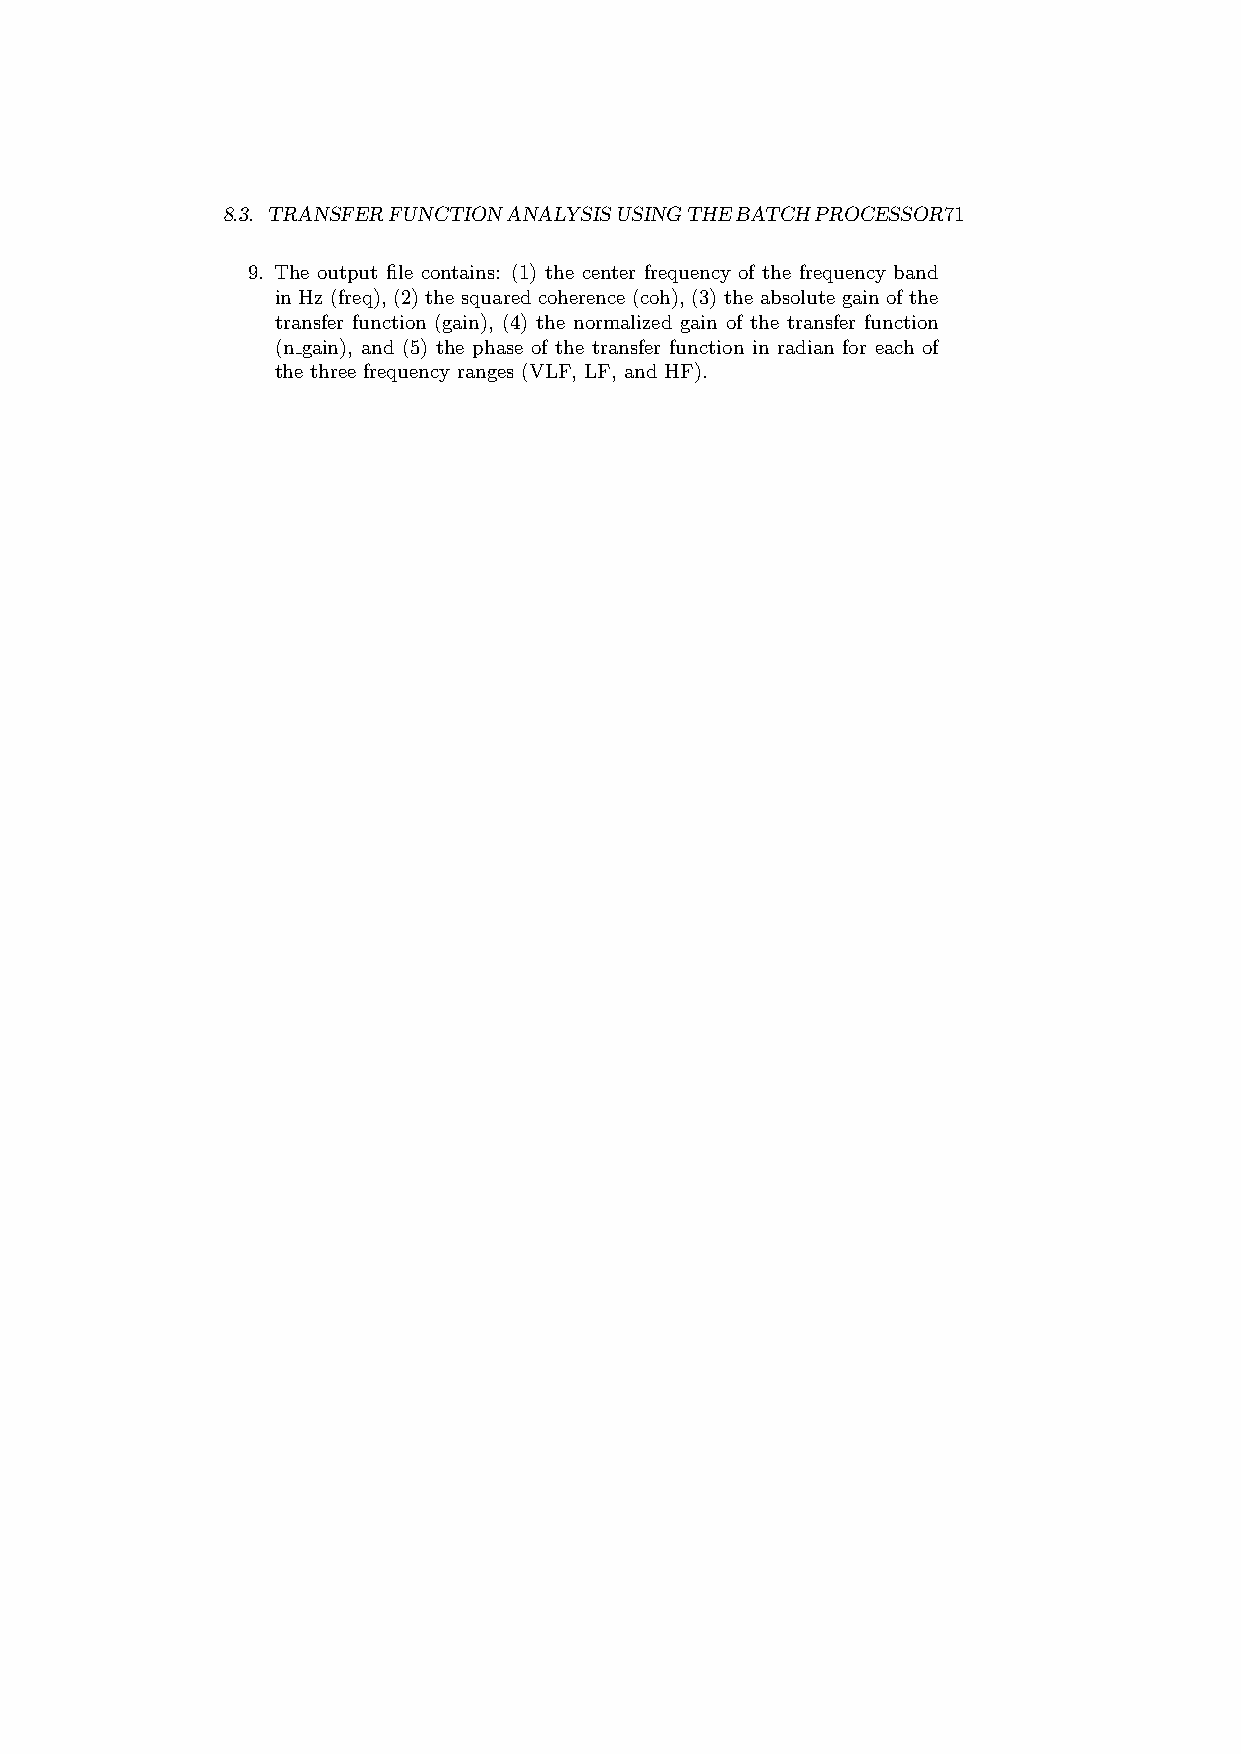
8.3. TRANSFERFUNCTIONANALYSISUSINGTHEBATCHPROCESSOR71
 9. The output file contains: (1) the center frequency of the frequency band
 in Hz (freq), (2) the squared coherence (coh), (3) the absolute gain of the
 transfer function (gain), (4) the normalized gain of the transfer function
 (n gain), and (5) the phase of the transfer function in radian for each of
 the three frequency ranges (VLF, LF, and HF).